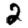
Digit: 2